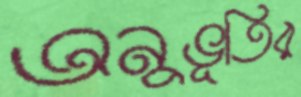
অনুভূতির